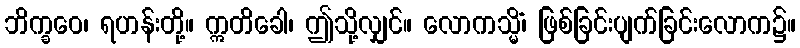
ဘိက္ခဝေ၊ ရဟန်းတို့။ ဣတိခေါ၊ ဤသို့လျှင်။ လောကသ္မိံ၊ ဖြစ်ခြင်းပျက်ခြင်းလောက၌။